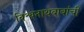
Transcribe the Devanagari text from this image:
विश्वनाथबाबांची